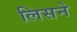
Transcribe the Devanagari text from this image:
लिसने